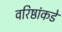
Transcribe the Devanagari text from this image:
वरिष्ठांकडे